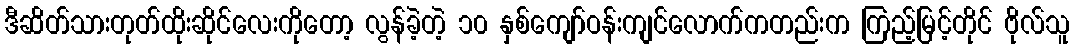
ဒီဆိတ်သားတုတ်ထိုးဆိုင်လေးကိုတော့ လွန်ခဲ့တဲ့ ၁၀ နှစ်ကျော်ဝန်းကျင်လောက်ကတည်းက ကြည့်မြင့်တိုင် ဗိုလ်သူ